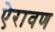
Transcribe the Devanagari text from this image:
ऐरावण